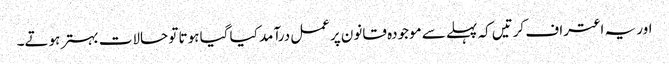
اور یہ اعتراف کرتیں کہ پہلے سے موجودہ قانون پرعمل درآمد کیا گیا ہوتا تو حالات بہتر ہوتے۔